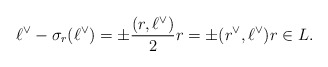
\begin{align*}\ell^\vee - \sigma_r(\ell^\vee) = \pm \frac{(r,\ell^\vee)}{2}r = \pm (r^\vee, \ell^\vee)r \in L.\end{align*}